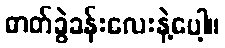
ဓာတ်ခွဲခန်းလေးနဲ့ပေါ့။